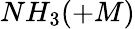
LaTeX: NH_{3}(+M)